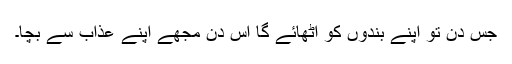
جس دن تو اپنے بندوں کو اُٹھائے گا اُس دن مجھے اپنے عذاب سے بچا۔